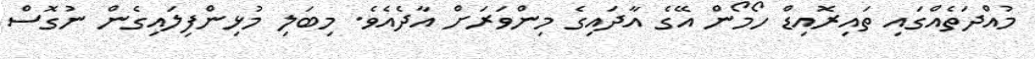
މުއްދަތެއްގައި ތައިރޮއިޑް ހޯމޯން އޭގެ އާދައިގެ މިންވަރަށް އާދެއެވެ. މިބަލި މުޅިންފިލައިގެން ނުގޮސް